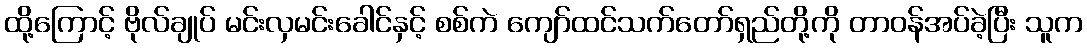
ထို့ကြောင့် ဗိုလ်ချုပ် မင်းလှမင်းခေါင်နှင့် စစ်ကဲ ကျော်ထင်သက်တော်ရှည်တို့ကို တာဝန်အပ်ခဲ့ပြီး သူက